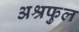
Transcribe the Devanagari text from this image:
अश्रफुल